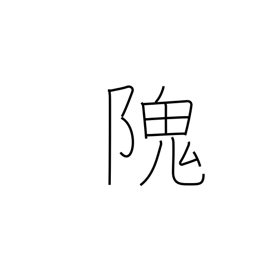
Meaning: steep